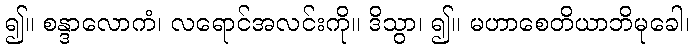
၍။ စန္ဒာလောကံ၊ လရောင်အလင်းကို။ ဒိသွာ၊ ၍။ မဟာစေတိယာဘိမုခေါ၊